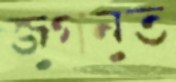
জুগনুত